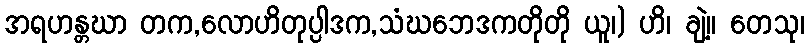
အရဟန္တဃာ တက,လောဟိတုပ္ပါဒက,သံဃဘေဒကတိုတို ယူ၊) ဟိ၊ ချဲ့။ တေသု၊